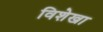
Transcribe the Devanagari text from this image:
विशेखा